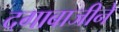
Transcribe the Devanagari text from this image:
दगाबाजीने